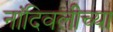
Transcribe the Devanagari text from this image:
नांदिवलीच्या